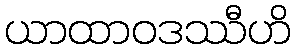
ယာထာဝဒဿီဟိ